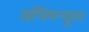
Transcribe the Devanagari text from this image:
अभिमन्युवर